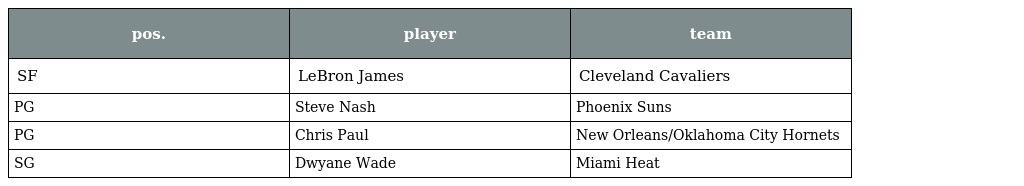
| pos. | player | team |
 | --- | --- | --- |
 | SF | LeBron James | Cleveland Cavaliers |
 | PG | Steve Nash | Phoenix Suns |
 | PG | Chris Paul | New Orleans/Oklahoma City Hornets |
 | SG | Dwyane Wade | Miami Heat |